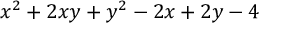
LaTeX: x ^ { 2 } + 2 x y + y ^ { 2 } - 2 x + 2 y - 4